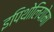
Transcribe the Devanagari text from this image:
इपिथोलियोमा